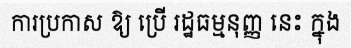
ការប្រកាស ឱ្យ ប្រើ រដ្ឋធម្មនុញ្ញ នេះ ក្នុង